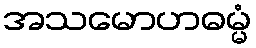
အသမောဟဓမ္မံ